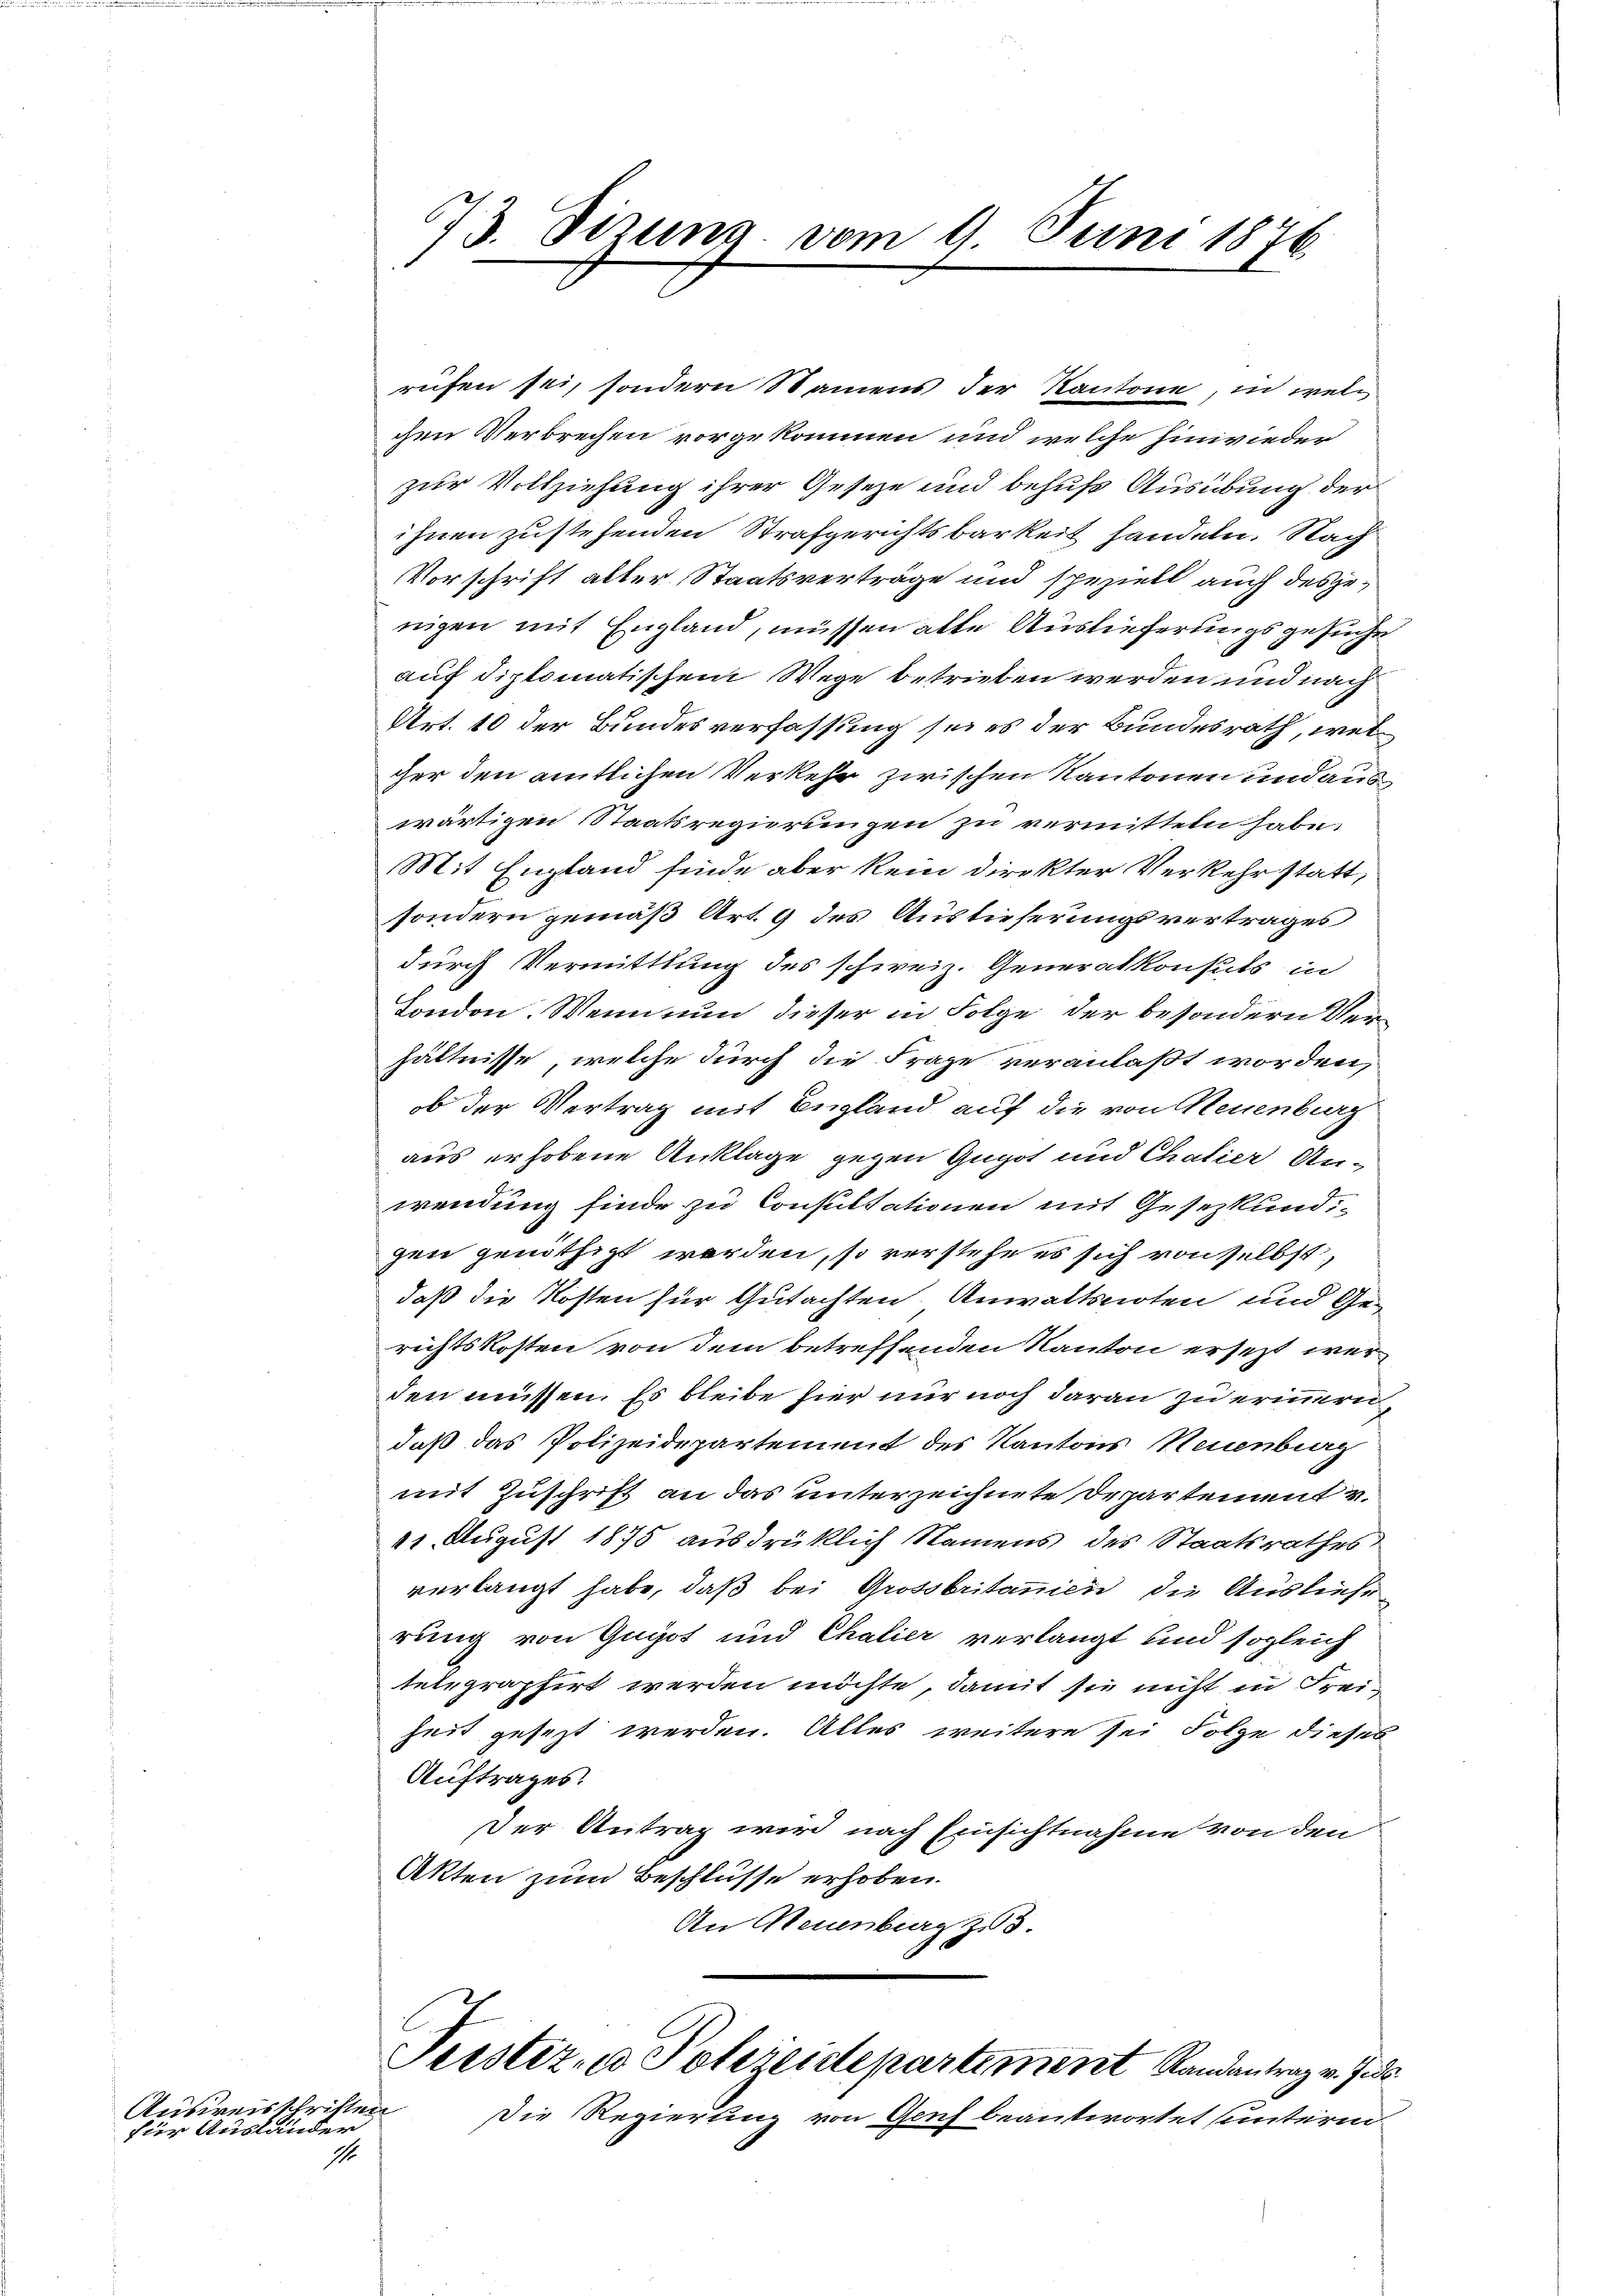
für Ausländer

Ausweisschriften

1

573. Sizung vom 9. Juni 1876.
1

rufen sei, sondern Namens der Kantone, in welchen Verbrechen vorgekommen und welche hinwieder
zur Vollziehung ihrer Geseze und behufs Ausübung der
ihnen zustehenden Strafgerichtsbarkeit handeln. Nach
Vorschrift alter Staatsverträge und speziell auch desjenigen mit England, müssen alle Auslieferungsgesuche
auf diplomatischem Wege betrieben werden und nach
Art. 10 der Bundesverfassung sei es der Bundesrath, welcher den amtlichen Verkehr zwischen Kantonen und aus
wärtigen Staatsregierungen zu vermitteln habe.
Mit England finde aber kein direkter Verkehr statt,
sondern gemäß Art. 9 des Auslieferungsvertrages
durch Vermittlung des schweiz. Generalkonsuls in
London. Wenn nun dieser in Folge der besondern Verhältnisse, welche durch die Frage veranlaßt worden,
b der Vertrag mit England auf die von Neuenburg
aus erhobene Anklage gegen Gugot und Chalier An-
wendung finde zu Consultationen mit Gesetzkund,
gen genöthigt werden, so verstehe es sich von selbst,
daß die Kosten für Gutachten Anwaltsnoten und Ge-
richtskosten von dem betreffenden Kanton ersezt werden müssen. Es bleibe hier nur noch daran zu erinnern
daß das Polizeidepartement des Kantons Neuenburg
mit Zuschrift an das unterzeichnete Departement v.
11. August 1875 ausdrüklich Namens des Staatsrathes
verlangt habe, daß bei Grossbritanien die Auslieferung von Gugot und Chalier verlangt und sogleich
telegraphirt werden möchte, damit sie nicht in Freiheit gesezt werden. Alles weitere sei Folge dieses
Auftrages.
Der Antrag wird nach Einsichtnahme von den
Akten zum Beschlüsse erhoben.
An Neuenburg zu 3.
Peister- u Polizeidepartement Randantrag v. Ju
Die Regierung von Genf beantwortet unterm